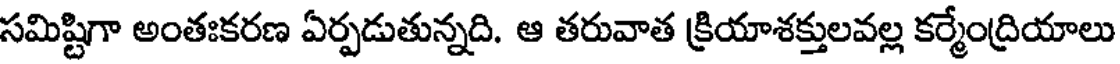
సమిష్టిగా అంతఃకరణ ఏర్పడుతున్నది. ఆ తరువాత క్రియాశక్తులవల్ల కర్మేంద్రియాలు